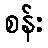
စန်း